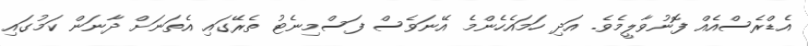
އެޑްރެސްއެއް ފޮނުވާލީމެވެ. އަދި ހަމައެހެންމެ އޭނަވެސް ފަސްމިނެޓު ތެރޭގައި އެތަނަށް ދާނަން ކަމުގައި